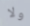
ولا